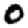
Digit: 0